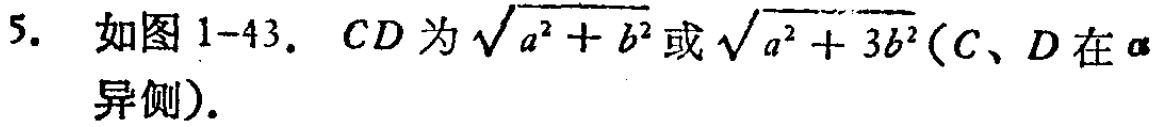
5. 如图1-43，$CD$为$\sqrt{a^{2}+b^{2}}$或$\sqrt{a^{2}+3b^{2}}(C、D$在$\alpha$异侧).